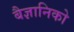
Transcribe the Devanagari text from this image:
बैज्ञानिको